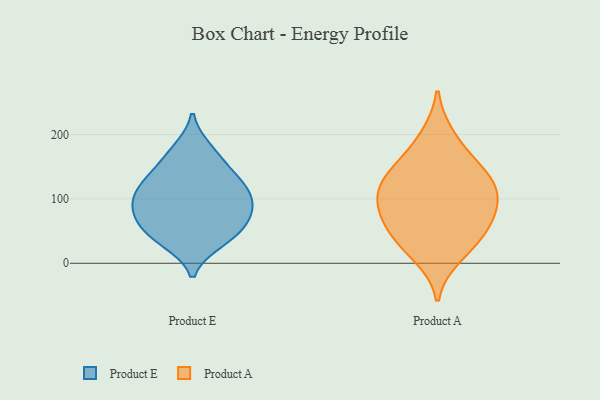
{"axis": {"x": "Production Output", "y": "Value"}, "legend": ["Product A", "Product E"], "data": [{"x": "", "y": 138, "type": "Product E"}, {"x": "", "y": 99, "type": "Product E"}, {"x": "", "y": 39, "type": "Product E"}, {"x": "", "y": 59, "type": "Product E"}, {"x": "", "y": 130, "type": "Product E"}, {"x": "", "y": 34, "type": "Product E"}, {"x": "", "y": 89, "type": "Product E"}, {"x": "", "y": 167, "type": "Product E"}, {"x": "", "y": 177, "type": "Product E"}, {"x": "", "y": 117, "type": "Product E"}, {"x": "", "y": 93, "type": "Product E"}, {"x": "", "y": 76, "type": "Product E"}, {"x": "", "y": 120, "type": "Product E"}, {"x": "", "y": 44, "type": "Product E"}, {"x": "", "y": 73, "type": "Product E"}, {"x": "", "y": 133, "type": "Product A"}, {"x": "", "y": 37, "type": "Product A"}, {"x": "", "y": 83, "type": "Product A"}, {"x": "", "y": 94, "type": "Product A"}, {"x": "", "y": 96, "type": "Product A"}, {"x": "", "y": 131, "type": "Product A"}, {"x": "", "y": 12, "type": "Product A"}, {"x": "", "y": 63, "type": "Product A"}, {"x": "", "y": 44, "type": "Product A"}, {"x": "", "y": 160, "type": "Product A"}, {"x": "", "y": 197, "type": "Product A"}, {"x": "", "y": 124, "type": "Product A"}]}